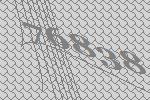
76838